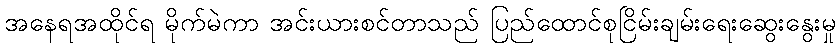
အနေရအထိုင်ရ မိုက်မဲကာ အင်းယားစင်တာသည် ပြည်ထောင်စုငြိမ်းချမ်းရေးဆွေးနွေးမှု